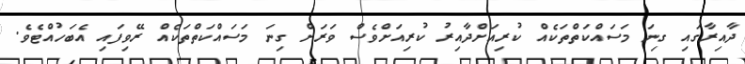
ދާއިރާގައި ގިިނަ މަސައްކަތްތަކެއް ކުރިއަށްދާއިރު ކުރިއަށްވެސް ވަރަށް ގިނަ މަސައްކަތްތަކެއް ރޭވިފައި އެބަހުއްޓެވެ.